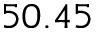
5 0 . 4 5